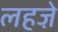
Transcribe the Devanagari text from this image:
लहजे़